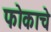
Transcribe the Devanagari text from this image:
फोकाचे